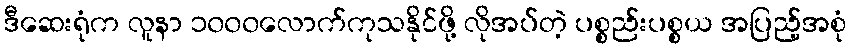
ဒီဆေးရုံက လူနာ ၁၀၀၀လောက်ကုသနိုင်ဖို့ လိုအပ်တဲ့ ပစ္စည်းပစ္စယ အပြည့်အစုံ